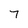
Character: 7